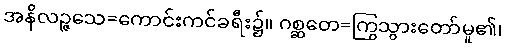
အနိလဉ္ဇသေ=ကောင်းကင်ခရီး၌။ ဂစ္ဆတေ=ကြွသွားတော်မူ၏၊